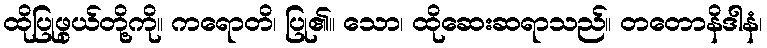
ထိုပြုဖွယ်တို့ကို။ ကရောတိ၊ ပြု၏။ သော၊ ထိုဆေးဆရာသည်။ တတောနိဒါနံ၊